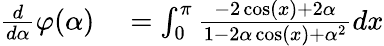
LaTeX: \begin{array}{rl}{{\frac{d}{d\alpha}}\varphi(\alpha)}&{{}=\int_{0}^{\pi}{\frac{-2\cos(x)+2\alpha}{1-2\alpha\cos(x)+\alpha^{2}}}dx}\end{array}